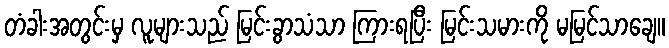
တံခါးအတွင်းမှ လူများသည် မြင်းခွာသံသာ ကြားရပြီး မြင်းသမားကို မမြင်သာချေ။